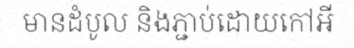
មានដំបូល និងភ្ជាប់ដោយកៅអី